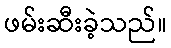
ဖမ်းဆီးခဲ့သည်။